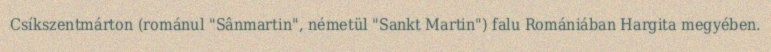
Csíkszentmárton (románul "Sânmartin", németül "Sankt Martin") falu Romániában Hargita megyében.